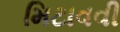
મિટાવવી